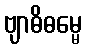
ဗျာဓိဓမ္မေ